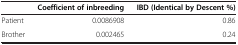
<table><thead><tr><td><b> </b></td><td><b>Coefficient of inbreeding</b></td><td><b>IBD (Identical by Descent %)</b></td></tr></thead><tbody><tr><td>Patient</td><td>0.0086908</td><td>0.86</td></tr><tr><td>Brother</td><td>0.002465</td><td>0.24</td></tr></tbody></table>